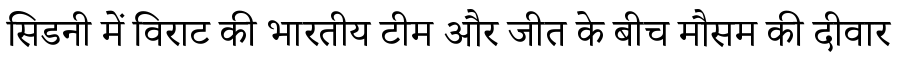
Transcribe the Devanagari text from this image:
सिडनी में विराट की भारतीय टीम और जीत के बीच मौसम की दीवार